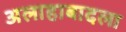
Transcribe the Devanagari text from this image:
अलाहाबादला